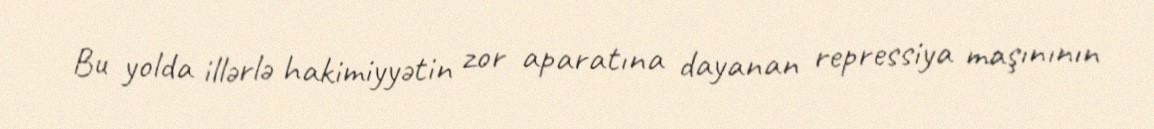
Bu yolda illərlə hakimiyyətin zor aparatına dayanan repressiya maşınının